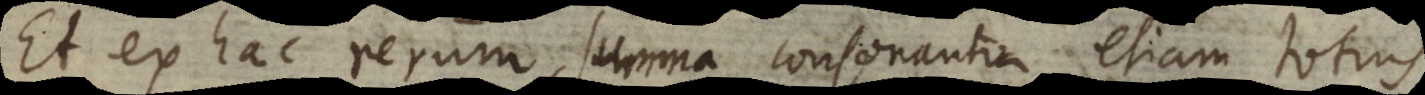
Et ex hac rerum summa consonantia etiam totius